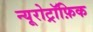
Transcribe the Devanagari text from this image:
न्यूरोट्रॉफ़िक